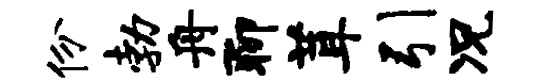
份勃舟聊茸引况